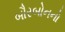
બૌરબોનનો